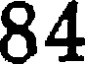
84